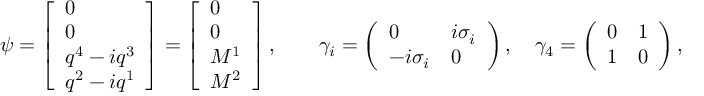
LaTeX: \psi = \left[ \begin{array} { l } { { 0 } } \\ { { 0 } } \\ { { q ^ { 4 } - i q ^ { 3 } } } \\ { { q ^ { 2 } - i q ^ { 1 } } } \end{array} \right] = \left[ \begin{array} { l } { { 0 } } \\ { { 0 } } \\ { { M ^ { 1 } } } \\ { { M ^ { 2 } } } \end{array} \right] , \quad \quad \gamma _ { i } = \left( \begin{array} { l l } { { 0 } } & { { i \sigma _ { i } } } \\ { { - i \sigma _ { i } } } & { { 0 } } \end{array} \right) , \quad \gamma _ { 4 } = \left( \begin{array} { l l } { { 0 } } & { { 1 } } \\ { { 1 } } & { { 0 } } \end{array} \right) ,